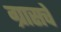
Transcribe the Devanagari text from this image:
ग्रासचे